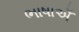
ભાષાએઁ